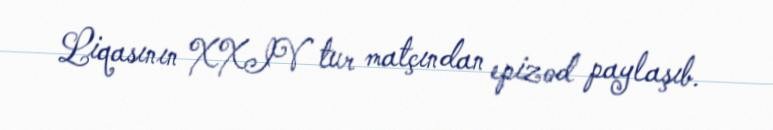
Liqasının XXIV tur matçından epizod paylaşıb.